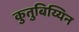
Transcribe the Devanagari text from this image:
कुतुबिय्यिन